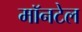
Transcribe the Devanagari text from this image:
मॉनटेल